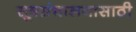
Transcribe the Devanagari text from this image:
सूत्रसंचालनासाठी